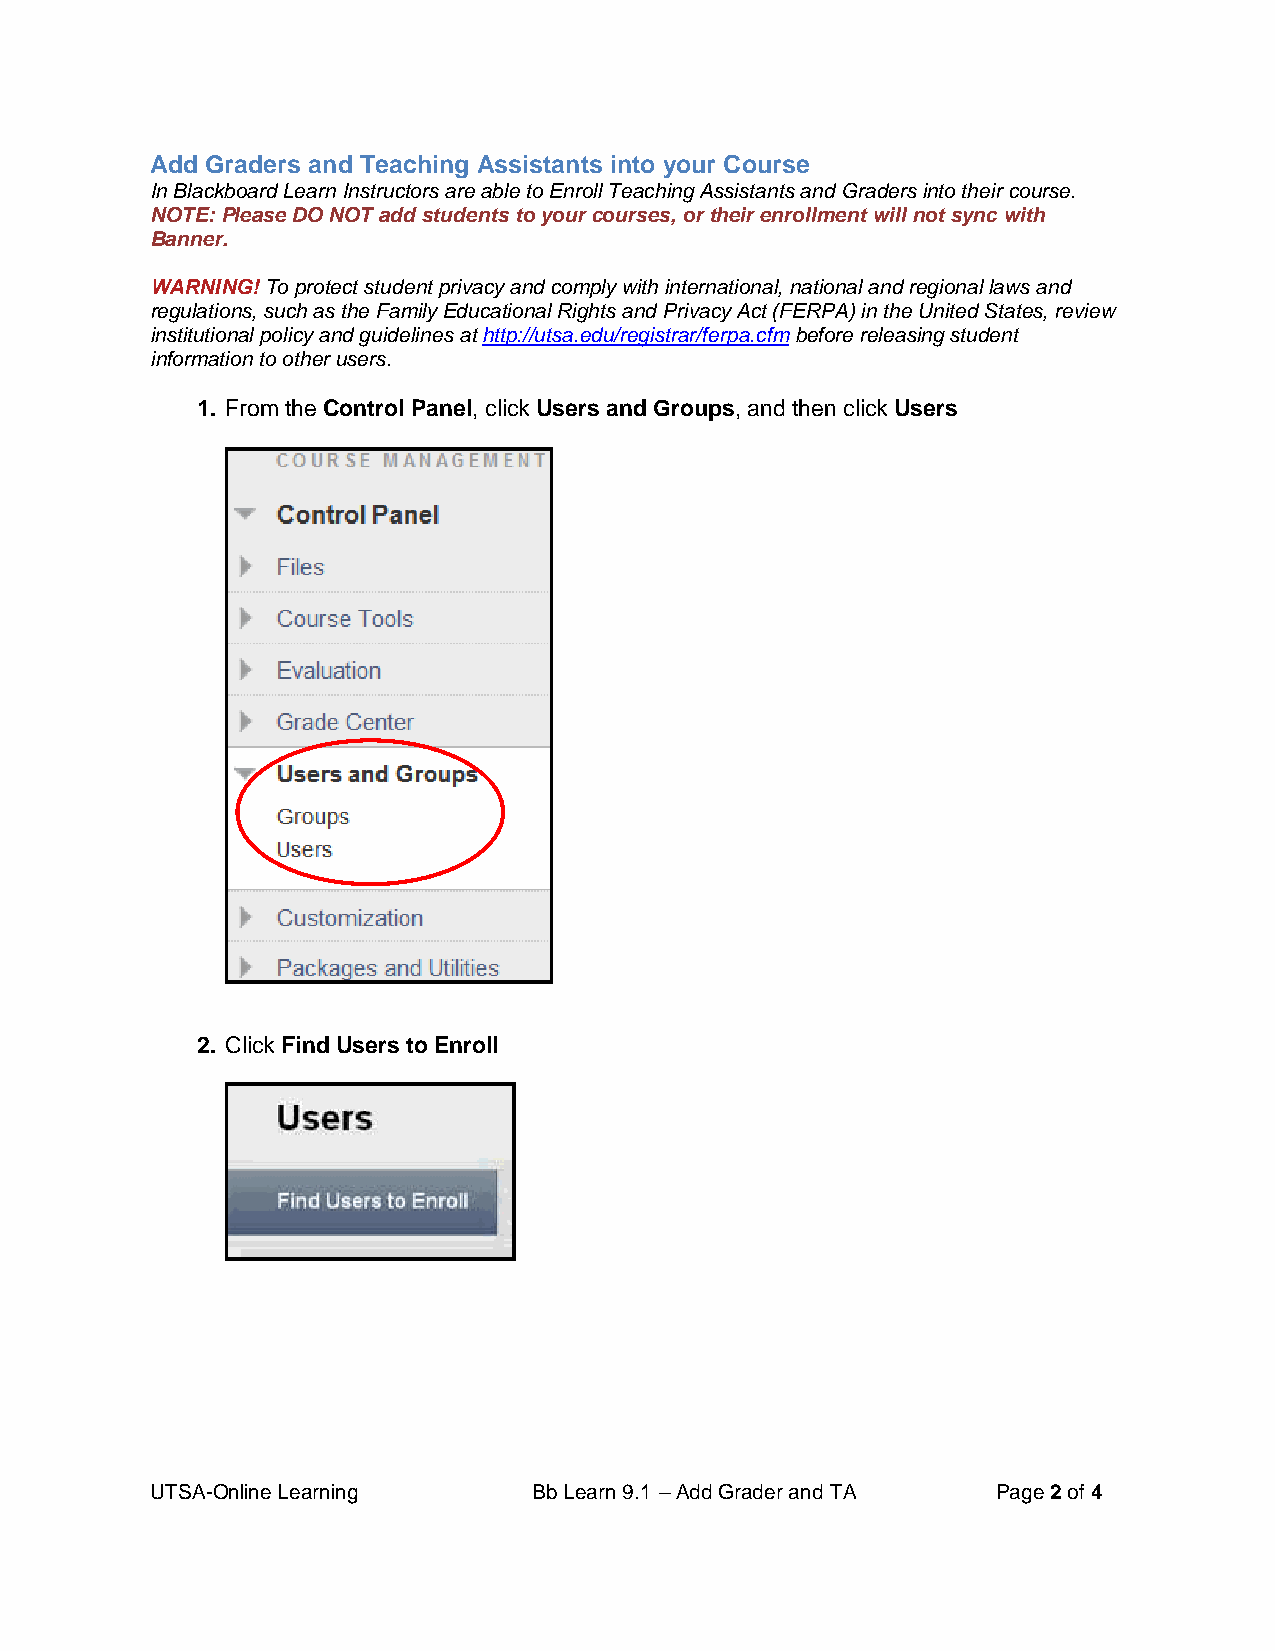
Add Graders and Teaching Assistants into your Course
 In Blackboard Learn Instructors are able to Enroll Teaching Assistants and Graders into their course.
 NOTE: Please DO NOT add students to your courses, or their enrollment will not sync with
 Banner.
 WARNING! To protect student privacy and comply with international, national and regional laws and
 regulations, such as the Family Educational Rights and Privacy Act (FERPA) in the United States, review
 institutional policy and guidelines at http://utsa.edu/registrar/ferpa.cfm before releasing student
 information to other users.
 1. From the Control Panel, click Users and Groups, and then click Users
 2. Click Find Users to Enroll
 UTSA-Online Learning     Bb Learn 9.1 – Add Grader and TA Page 2 of 4